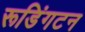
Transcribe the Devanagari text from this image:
रूडिंगटन